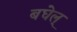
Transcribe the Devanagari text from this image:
बघेल्